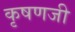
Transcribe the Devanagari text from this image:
कृषणजी